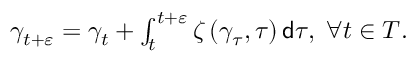
\begin{array} { r } { \gamma _ { t + \varepsilon } = \gamma _ { t } + \int _ { t } ^ { t + \varepsilon } \zeta \left( \gamma _ { \tau } , \tau \right) \mathsf { d } \tau , \; \forall t \in T . } \end{array}